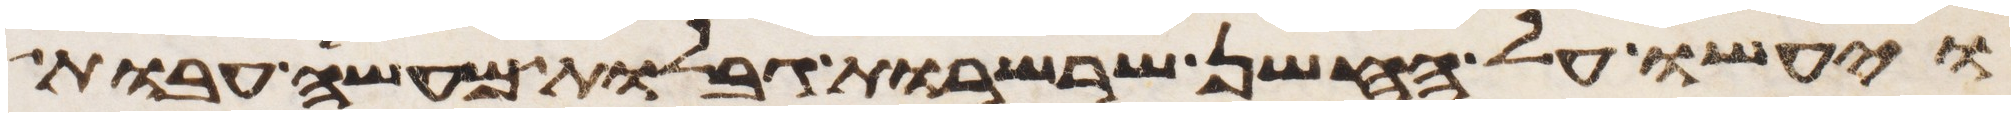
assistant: ויעשו על החשן שרשרות גבלות מעשה עבות